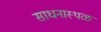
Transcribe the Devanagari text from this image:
साधनास्थळ